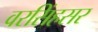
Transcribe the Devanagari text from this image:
वरसिंहसर